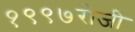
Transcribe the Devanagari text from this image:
१९९७रोजी